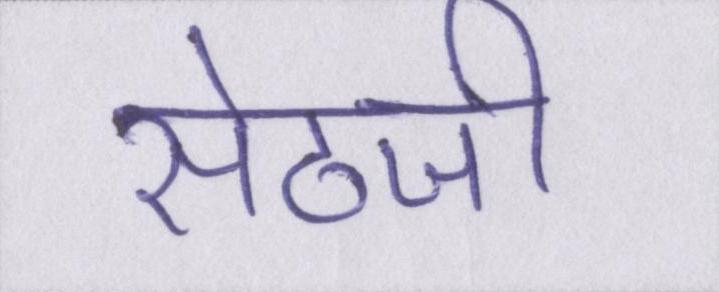
सेठजी